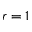
r = 1